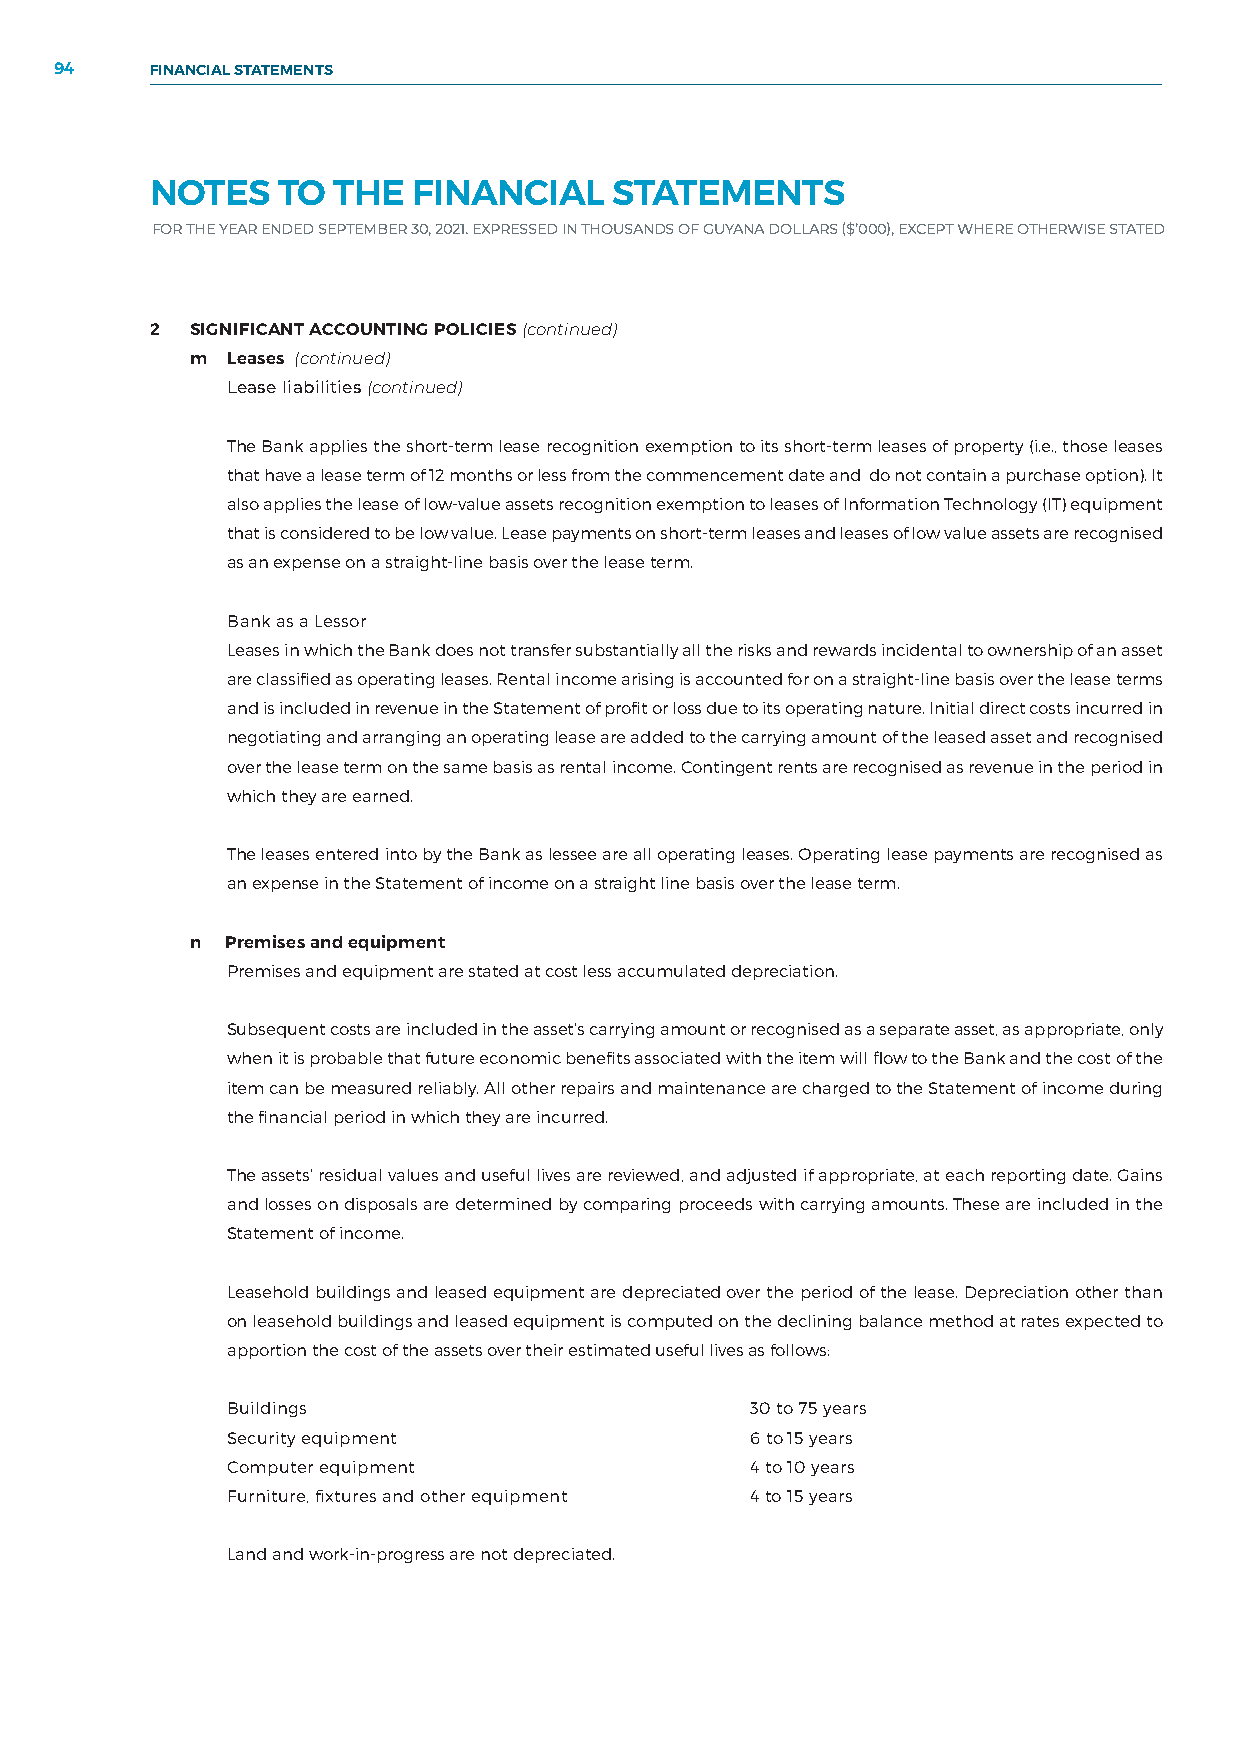
94    FINANCIAL STATEMENTS
 NOTES   TO  THE  FINANCIAL     STATEMENTS
 FOR THE YEAR ENDED SEPTEMBER 30, 2021. EXPRESSED IN THOUSANDS OF GUYANA DOLLARS ($’000), EXCEPT WHERE OTHERWISE STATED
 2  SIGNIFICANT ACCOUNTING POLICIES (continued)
 m Leases (continued)
 Lease liabilities (continued)
 The Bank applies the short-term lease recognition exemption to its short-term leases of property (i.e., those leases
 that have a lease term of 12 months or less from the commencement date and do not contain a purchase option). It
 also applies the lease of low-value assets recognition exemption to leases of Information Technology (IT) equipment
 that is considered to be low value. Lease payments on short-term leases and leases of low value assets are recognised
 as an expense on a straight-line basis over the lease term.
 Bank as a Lessor
 Leases in which the Bank does not transfer substantially all the risks and rewards incidental to ownership of an asset
 are classified as operating leases. Rental income arising is accounted for on a straight-line basis over the lease terms
 and is included in revenue in the Statement of profit or loss due to its operating nature. Initial direct costs incurred in
 negotiating and arranging an operating lease are added to the carrying amount of the leased asset and recognised
 over the lease term on the same basis as rental income. Contingent rents are recognised as revenue in the period in
 which they are earned.
 The leases entered into by the Bank as lessee are all operating leases. Operating lease payments are recognised as
 an expense in the Statement of income on a straight line basis over the lease term.
 n Premises and equipment
 Premises and equipment are stated at cost less accumulated depreciation.
 Subsequent costs are included in the asset’s carrying amount or recognised as a separate asset, as appropriate, only
 when it is probable that future economic benefits associated with the item will flow to the Bank and the cost of the
 item can be measured reliably. All other repairs and maintenance are charged to the Statement of income during
 the financial period in which they are incurred.
 The assets’ residual values and useful lives are reviewed, and adjusted if appropriate, at each reporting date. Gains
 and losses on disposals are determined by comparing proceeds with carrying amounts. These are included in the
 Statement of income.
 Leasehold buildings and leased equipment are depreciated over the period of the lease. Depreciation other than
 on leasehold buildings and leased equipment is computed on the declining balance method at rates expected to
 apportion the cost of the assets over their estimated useful lives as follows:
 Buildings                          30 to 75 years
 Security equipment                 6 to 15 years
 Computer equipment                 4 to 10 years
 Furniture, fixtures and other equipment 4 to 15 years
 Land and work-in-progress are not depreciated.